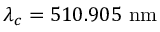
\lambda _ { c } = 5 1 0 . 9 0 5 ~ \mathrm { n m }